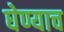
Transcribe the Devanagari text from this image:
घेण्याच